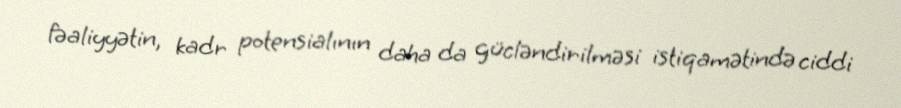
fəaliyyətin, kadr potensialının daha da gücləndirilməsi istiqamətində ciddi